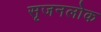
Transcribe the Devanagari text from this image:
सृजनलोक